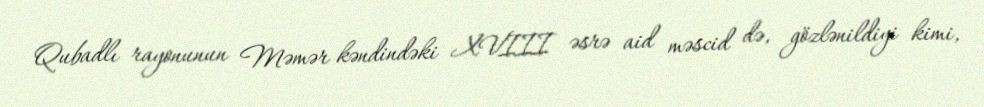
Qubadlı rayonunun Məmər kəndindəki XVIII əsrə aid məscid də, gözlənildiyi kimi,